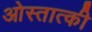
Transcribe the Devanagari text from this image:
ओस्तात्की